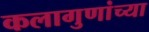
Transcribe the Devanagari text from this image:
कलागुणांच्या